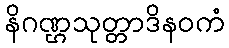
နိဂဏ္ဌသုတ္တာဒိနဝကံ